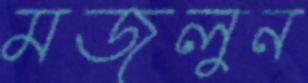
মজলুন